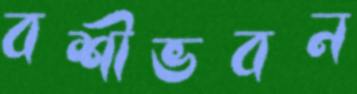
বশীভবন